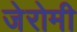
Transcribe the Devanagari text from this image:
जेरोमी